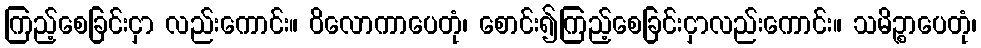
ကြည့်စေခြင်းငှာ လည်းကောင်း။ ဝိလောကာပေတုံ၊ စောင်း၍ကြည့်စေခြင်းငှာလည်းကောင်း။ သမိဉ္စာပေတုံ၊